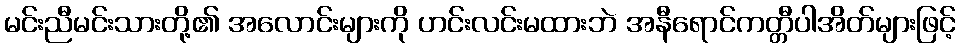
မင်းညီမင်းသားတို့၏ အလောင်းများကို ဟင်းလင်းမထားဘဲ အနီရောင်ကတ္တီပါအိတ်များဖြင့်